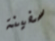
سفينة